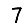
Digit: 7